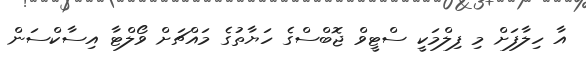
އާ ހިލާފަށް މި ފިލްމަކީ ސްޓީވް ޖޮބްސްގެ ހަޔާތުގެ މައްޗަށް ވޯލްޓާ އިސާކްސަން